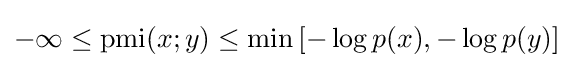
-\infty \leq \operatorname {pmi} (x;y)\leq \min \left[-\log p(x),-\log p(y)\right]